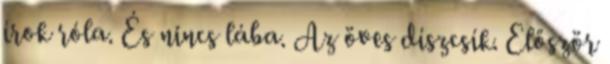
írok róla. És nincs lába. Az öves díszcsík. Először